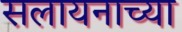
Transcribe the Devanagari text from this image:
सलायनाच्या